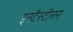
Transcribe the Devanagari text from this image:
इनटैस्टीनन